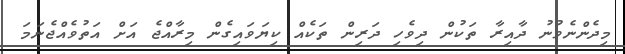
މިދެންނެވުނު ދާއިރާ ތަކުން ދިވެހި ދަރިން ތަކެއް ކިޔަވައިގެން މިރާއްޖެ އަށް އަތުވެއްޖެނަމަ